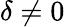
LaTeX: \delta\neq 0